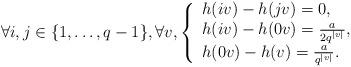
LaTeX: \begin{align*}\forall i,j \in\{1,\dots,q-1\}, \forall v, \left\{ \begin{array}{l}h(iv)-h(jv)=0, \\h(iv)-h(0v)=\frac{a}{2q^{|v|}}, \\h(0v)-h(v)=\frac{a}{q^{|v|}}.\end{array}\right. \end{align*}